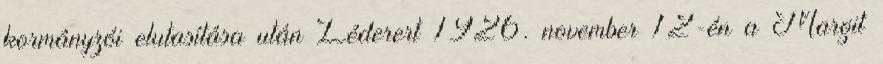
kormányzói elutasítása után Léderert 1926. november 12-én a Margit